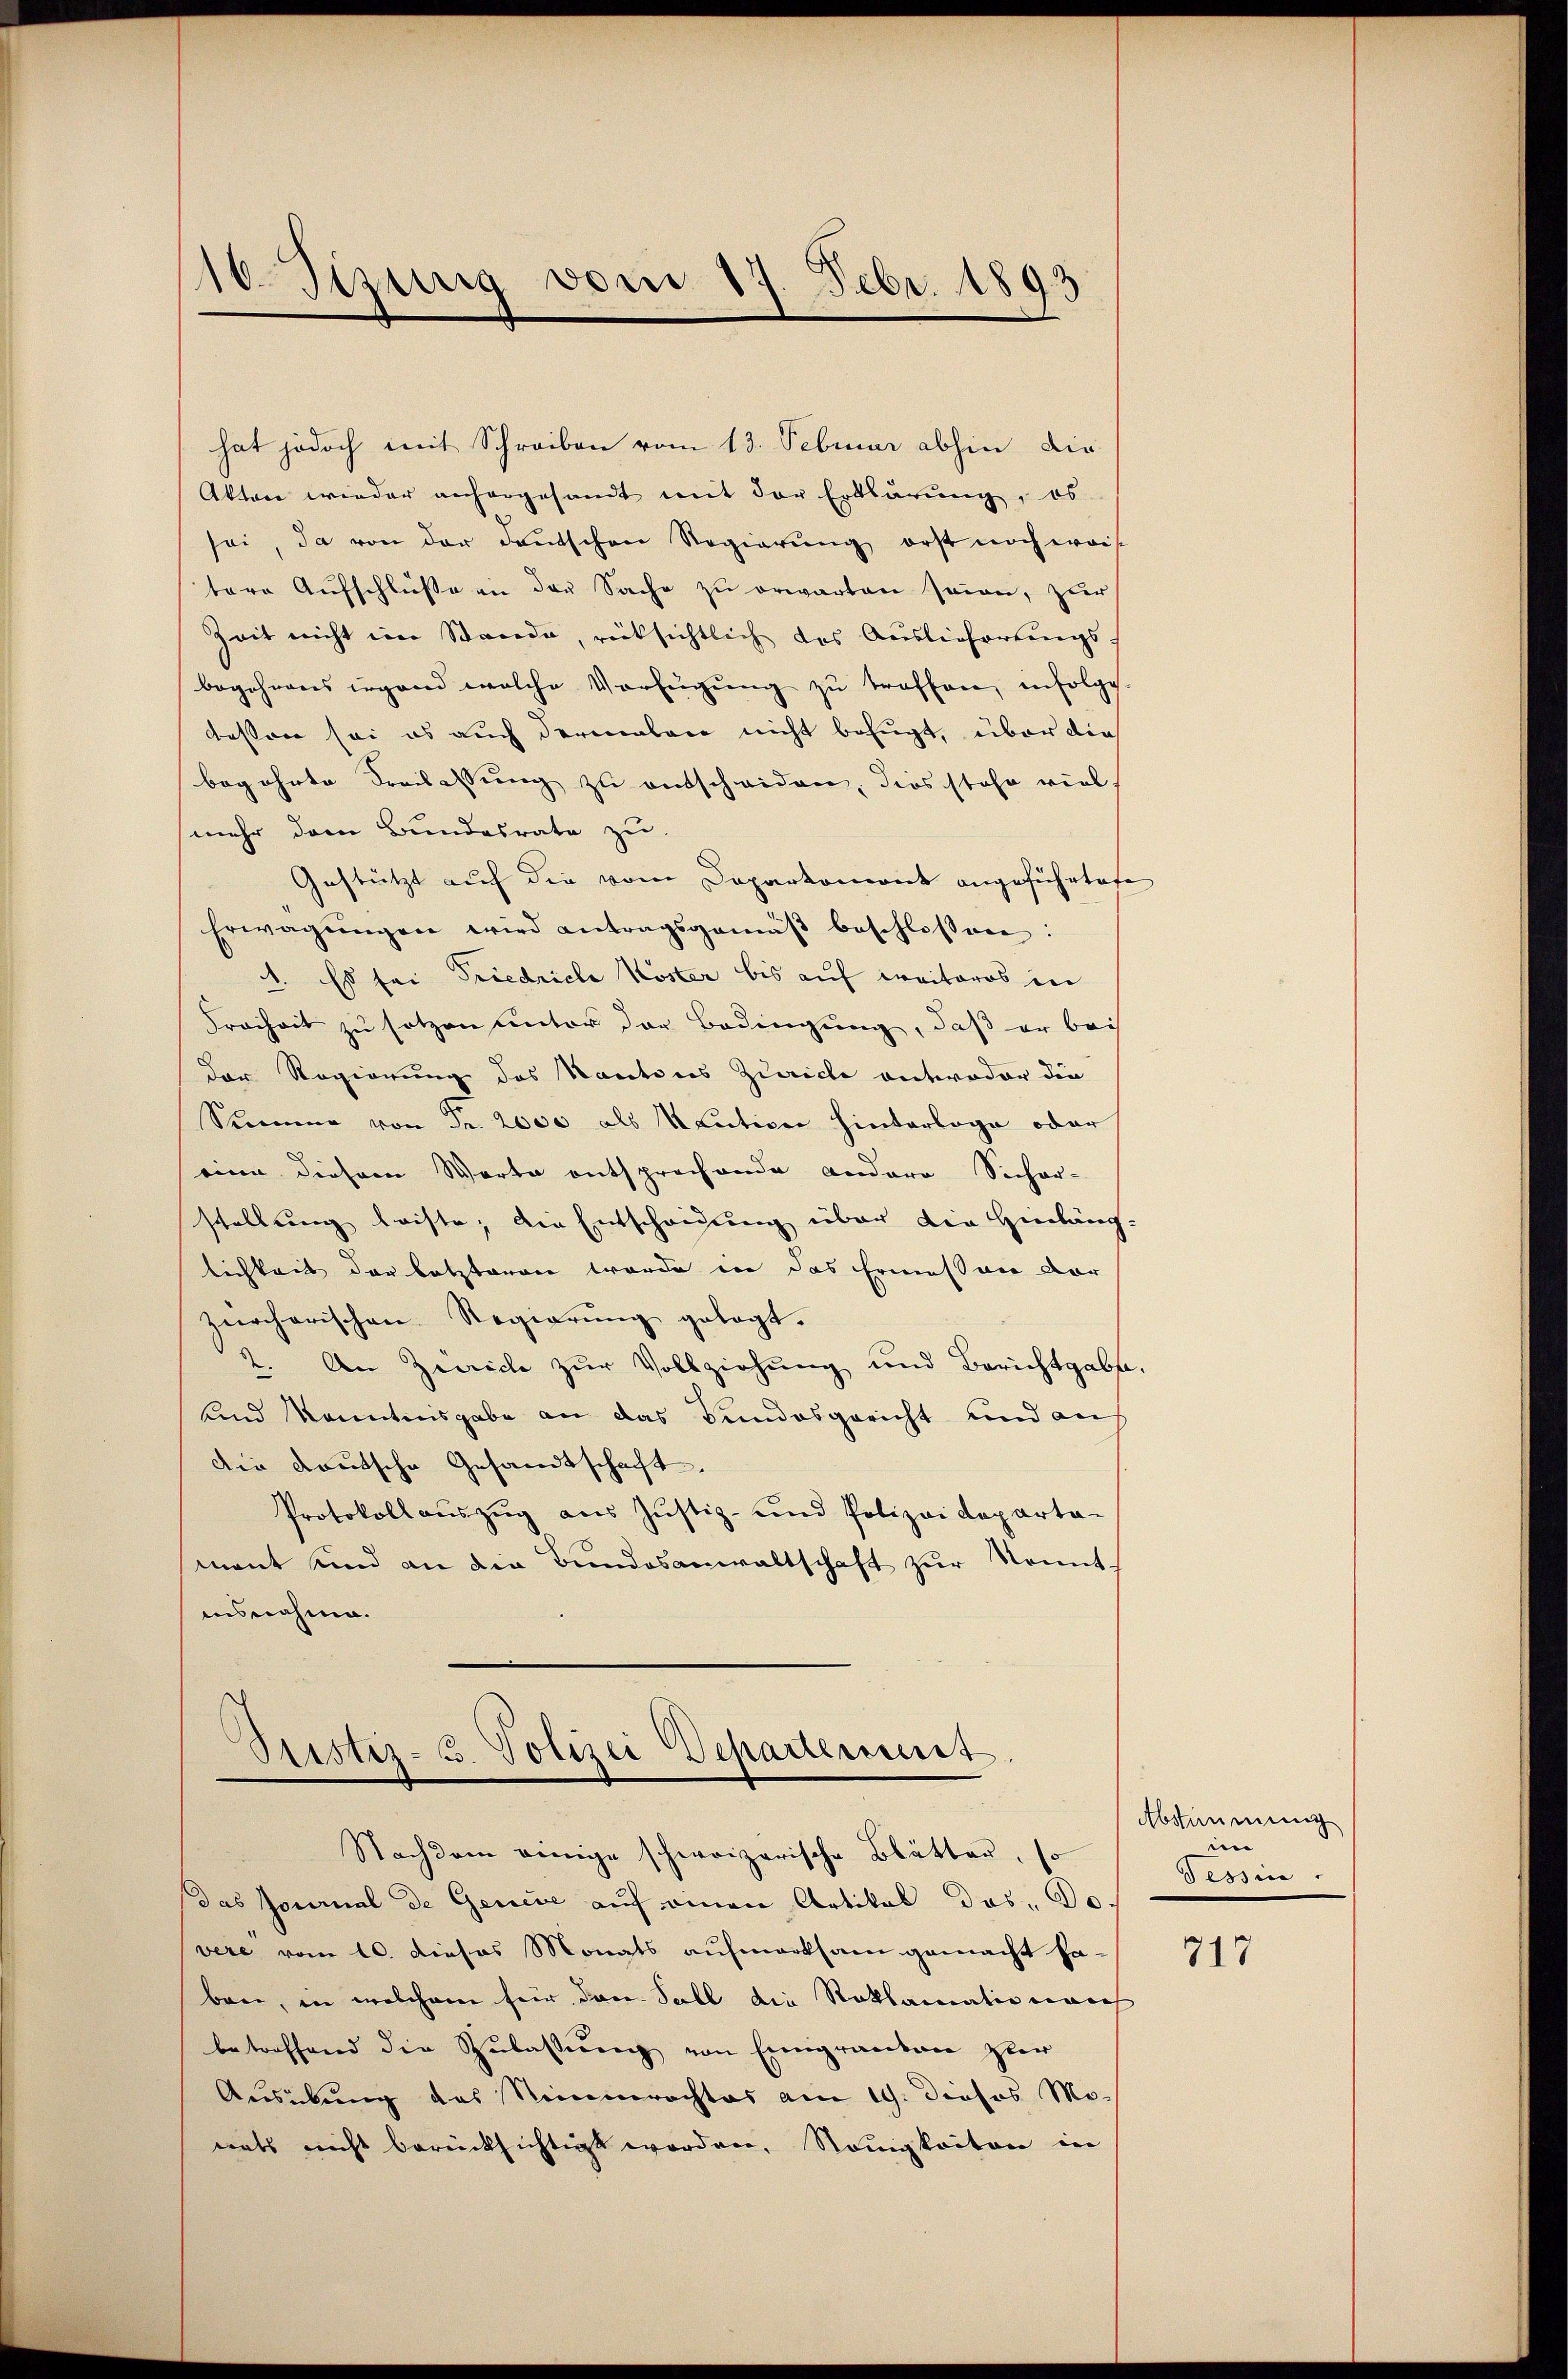
16. Sizung vom 17. Febr. 1893

hat jedoch mit Schreiben vom 13. Februar abhin die
Aktare wieder anhergesandt mit der Erklärung, es
sei, da von der deutschen Regierung erst noch weis
tere Aŭfschlüße an der Sache zŭ erwarten seien, zur
Zeit nicht im Stande, rücksichtlich das Auslieferungs
begehrens irgend welche Verfügŭng zŭ treffen, infolge.
bessen sei es auch dermalen nicht befugt, über die
begehrte Freilassung zu entscheiden, dies stehe viel
mehr dem Bundesrate zu
Gestützt auf die vom Doparkoment angeführtete
Erwägŭngen wird antragsgemäβ beschlossen:
1. Es sei Friedriche Koster bis auf weiteres in
Freiheit zu setzen unter der Bedingung, daß er bei
der Regierung des Kantons Zürich antwoder die
Summe von Fr. 2000 als Kaution hinterlage oder
eine diesem Worte entsprechende andere Sicher-
stellung leiste, die Entscheidung über die Hierbäng-
lichkeit der letzteren werde in das Ermessen dar
zürcherischen Regierung gelegt.
2. An Zeiche zur Vollziehung und Berichtgabe,
und kanntnisgabe an das Bundesgericht und auf
die deutsche Gesandtschaft.
Protokollaŭszŭg ans Justiz- und Polizeideparta-
mant und an die Bundesanwaltschaft zur Kennt-
ausnahme.

Justiz- u. Polizei Departement.
Nachdem einige schweizerische Blätten, so

das Journal de Genice auf einen Artikal das Do
vere vom 10. dieses Monats aufmerksam gemacht ha-
ban, in welchem für den Fall die Reklamationarch
betreffend die Zulassung von Eingranton zur
Ausübung des Nimmrechtes am 19. dieses Mo-
mals nicht berücksichtigt worden, Neuigkeiten in

Abstimmung
n
Tessin

717